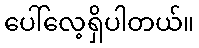
ပေါ်လေ့ရှိပါတယ်။